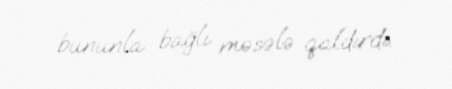
bununla bağlı məsələ qaldırdı.